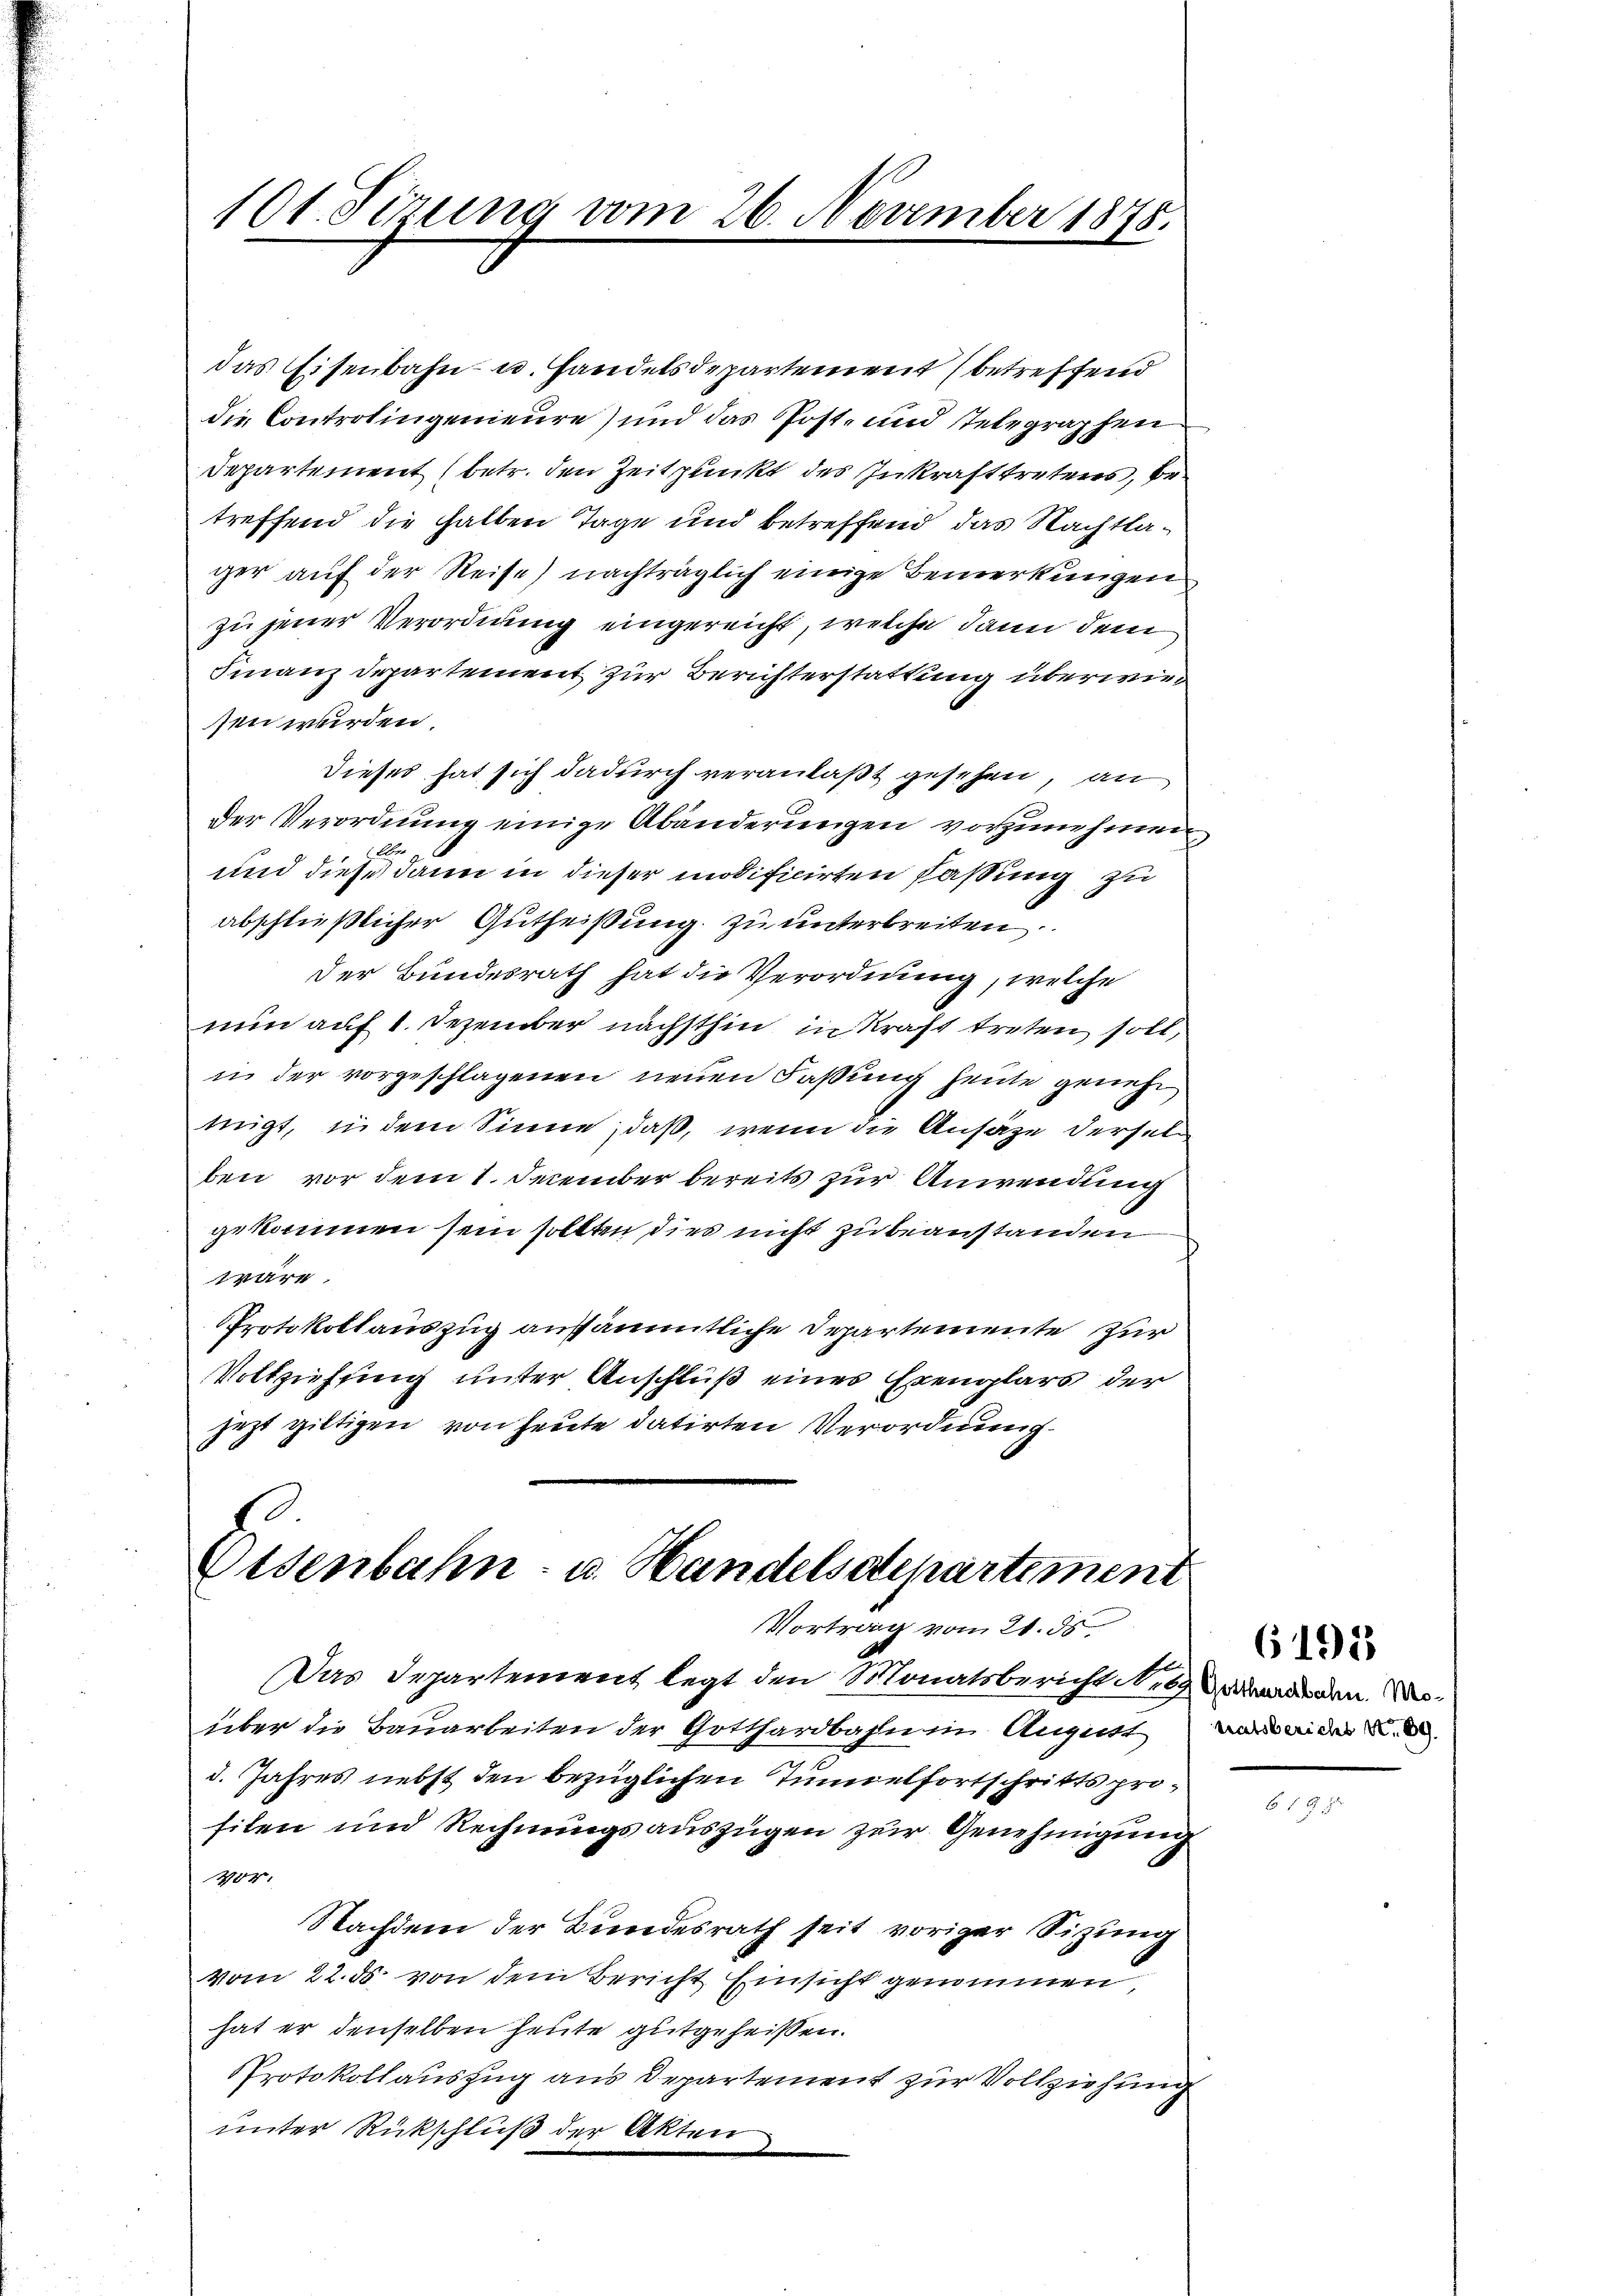
101. Serung vom 26. November 1875.

das Eisenbahn- u. Handelsdepartement (betreffend
die Controlingenieure) und das Post- und Telegraphen
Departement (betr. den Zeitpunkt des Inkrafttretens, betreffend die halben Tage und betreffend das Nachtlager auf der Reise) nachträglich einige Bemerkungen
zu jener Verordnung eingereicht, welche dann dem
Finanz Departement zur Berichterstattung überwiesen werden.
Dieses hat sich dadurch veranlaßt gesehen, an
Der Verordnung einige Abänderungen vorzunehmen,
B.
f
und diese dann in dieser modificirten Faßung zu
abschließlicher Gutheißung zu unterbreiten
Der Bundesrath hat die Verordnung, welche
nun auf 1. Dezember nächsthin in Kraft treten soll,
i der vorgeschlagenen neuen Faßung heute genehnigt, in dem Sinne, daß, wenn die Ansähe dersel
ben vor dem 1. December bereits zur Anwendung
gekommen sein sollten, dies nicht zu beanstanden
f
wäre.
Protokollauszug ausämmtliche Departemente zur
Vollziehung unter Anschluß eines Exemplars der
jezt giltigen von heute datirten Verordnung.

10.
Osenbahn- u. Handelsdepartement
Vortrag vom 21. ds.

Das Departement legt den Monatsbericht Art werden.
über die Bauarbeiten der Gotthardbahn in August
d. Jahres nebst den bezüglichen Tunnelfortschritts prosilen und Rechnungsauszügen zur Genehmigung
404.
Nachdem der Bundesrath seit voriger Sizung
vom 22. ds. von dem Bericht Einsicht genommen,
hat er denselben heute gutgeheissen.
Protokollauszug aus Departement zur Vollziehung
unter Rückschluß der Akten
i

tratsbericht u.

6195